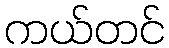
ကယ်တင်